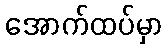
အောက်ထပ်မှာ